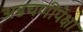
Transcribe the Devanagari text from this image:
अडचणींपेक्षा